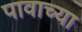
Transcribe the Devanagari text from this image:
पावाच्या